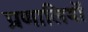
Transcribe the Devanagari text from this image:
प्रणालियॉ